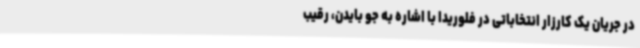
در جریان یک کارزار انتخاباتی در فلوریدا با اشاره به جو بایدن، رقیب